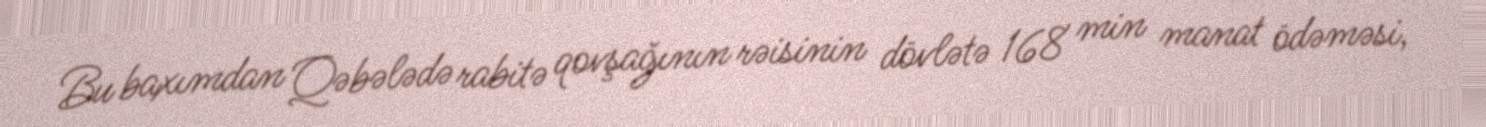
Bu baxımdan Qəbələdə rabitə qovşağının rəisinin dövlətə 168 min manat ödəməsi,